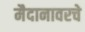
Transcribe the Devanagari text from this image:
मैदानावरचे